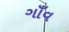
ગાઁવ